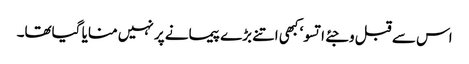
اس سے قبل وجئے اتسو‘ کبھی اتنے بڑے پیمانے پر نہیں منایا گیاتھا۔